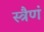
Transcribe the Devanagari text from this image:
स्त्रैणं